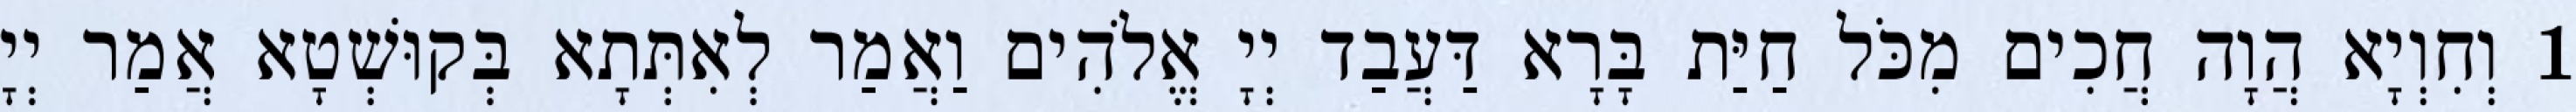
1 וְחִוְיָא הֲוָה חֲכִים מִכֹּל חַיַּת בָּרָא דַּעֲבַד יְיָ אֱלֹהִים וַאֲמַר לְאִתְּתָא בְּקוּשְׁטָא אֲמַר יְיָ